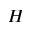
H